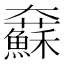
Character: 𡚢